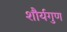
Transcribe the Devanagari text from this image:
शौर्यगुण